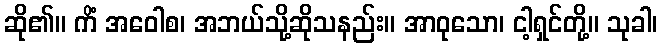
ဆို၏။ ကိံ အဝေါစ၊ အဘယ်သို့ဆိုသနည်း။ အာဝုသော၊ ငါ့ရှင်တို့။ သုခါ၊